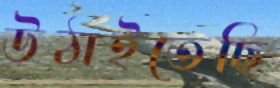
উঠাইতেছি